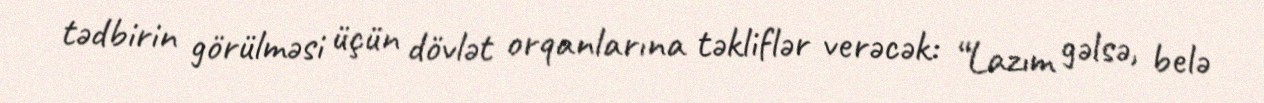
tədbirin görülməsi üçün dövlət orqanlarına təkliflər verəcək: “Lazım gəlsə, belə